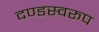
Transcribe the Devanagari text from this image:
दण्डस्वरूप